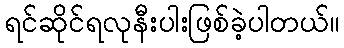
ရင်ဆိုင်ရလုနီးပါးဖြစ်ခဲ့ပါတယ်။